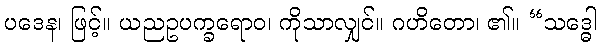
ပဒေန၊ ဖြင့်။ ယညဥပက္ခရောဝ၊ ကိုသာလျှင်။ ဂဟိတော၊ ၏။ “သဒ္ဓေါ